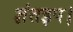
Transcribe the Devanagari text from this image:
ज्ञंतइप।